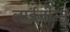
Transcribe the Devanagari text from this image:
लाईजीत्सू